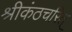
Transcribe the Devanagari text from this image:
श्रीकंठचरित्‌